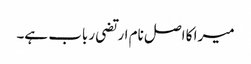
میرا کا اصل نام ارتضی رباب ہے۔